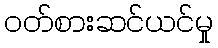
ဝတ်စားဆင်ယင်မှု